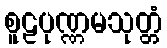
စူဠပုဏ္ဏမသုတ္တံ